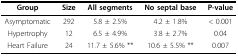
<table><thead><tr><td><b>Group</b></td><td><b>Size</b></td><td><b>All segments</b></td><td><b>No septal base</b></td><td><b>P-value</b></td></tr></thead><tbody><tr><td>Asymptomatic</td><td>292</td><td>5.8 ± 2.5%</td><td>4.2 ± 1.8%</td><td>&lt; 0.001</td></tr><tr><td>Hypertrophy</td><td>12</td><td>6.5 ± 4.9%</td><td>3.8 ± 2.7%</td><td>0.04</td></tr><tr><td>Heart Failure</td><td>24</td><td>11.7 ± 5.6% **</td><td>10.6 ± 5.5% **</td><td>0.007</td></tr></tbody></table>